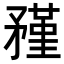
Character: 𥎊